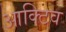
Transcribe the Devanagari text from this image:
आक्टिव